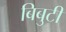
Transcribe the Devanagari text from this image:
बिबुटी